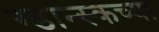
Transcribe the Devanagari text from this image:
ग्डान्स्कच्या